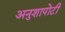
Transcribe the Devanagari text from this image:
अनुशापोटी